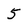
Character: 5